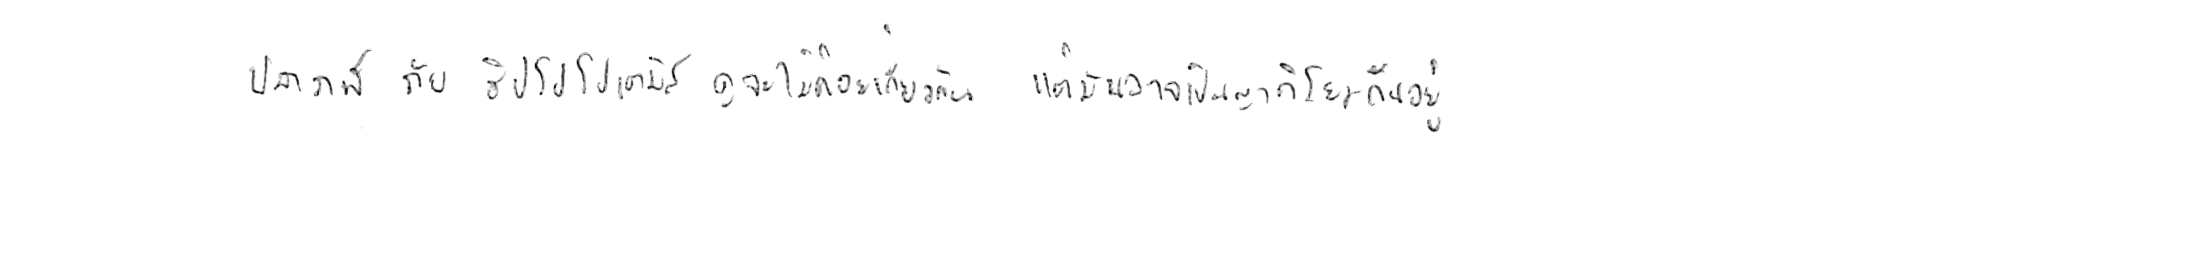
ปลาวาฬ กับ ฮิปโปโปเตมัส ดูจะไม่ค่อยเกี่ยวกัน แต่มันอาจเป็นญาติโยมกันอยู่